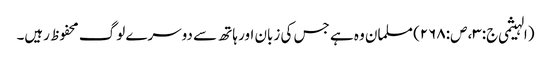
(الہیثمی ج:۳، ص:۲۶۸) مسلمان وہ ہے جس کی زبان اور ہاتھ سے دوسرے لوگ محفوظ رہیں۔